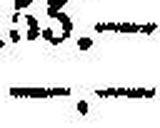
—.—